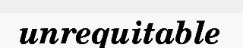
unrequitable